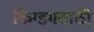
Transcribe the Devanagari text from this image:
किंग्डमसाठी